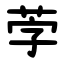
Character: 茡